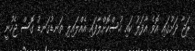
ރަޖާ ދަށުގައި އޮވެ އާފަލު ކައި ހުސްކޮށްލާފައި އެއްލައިލި ތަނޑުގަނޑު ގޮސް ޖެހުނީ